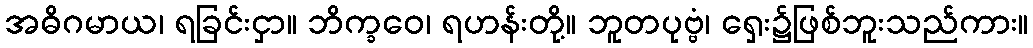
အဓိဂမာယ၊ ရခြင်းငှာ။ ဘိက္ခဝေ၊ ရဟန်းတို့။ ဘူတပုဗ္ဗံ၊ ရှေး၌ဖြစ်ဘူးသည်ကား။